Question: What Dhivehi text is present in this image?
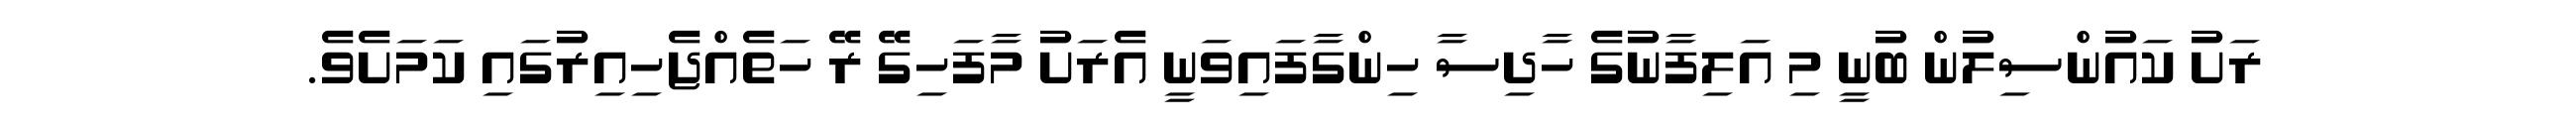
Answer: ރަށު ކައުންސިލުން ބުނީ މި އަލިފާނުގެ ހާދިސާ ހިންގާފައިވަނީ އެރަށު މާފަހިގޭ ރޭ ހަތެއްޖެހިއިރުގައި ކަމަށެވެ.